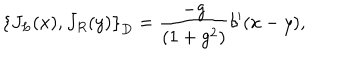
\left\{ J _ { L } ( x ) , J _ { R } ( y ) \right\} _ { D } = \frac { - g } { ( 1 + g ^ { 2 } ) } \delta ^ { \prime } ( x - y ) ,